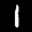
Label: 1